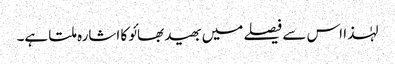
لہٰذا اس سے فیصلے میں بھید بھائو کا اشارہ ملتا ہے۔